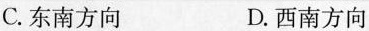
C.东南方向 D.西南方向